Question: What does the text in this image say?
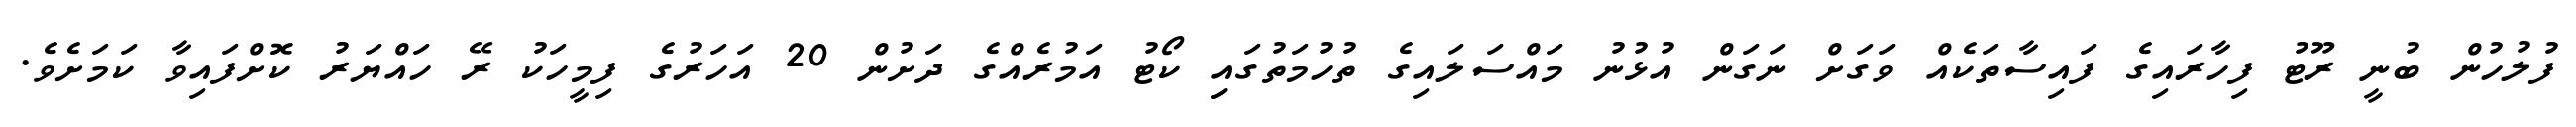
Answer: ފުލުހުން ބުނީ ރޫޓު ފިހާރައިގެ ފައިސާތަކެއް ވަގަށް ނަގަން އުޅުނު މައްސަލައިގެ ތުހުމަތުގައިި ކޯޓު އަމުރެއްގެ ދަށުން 20 އަހަރުގެ ފިމީހަކު ރޭ ހައްޔަރު ކޮށްފައިވާ ކަމަށެވެ.